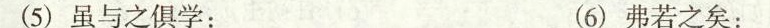
(5)虽与之俱学： (6)弗若之矣：